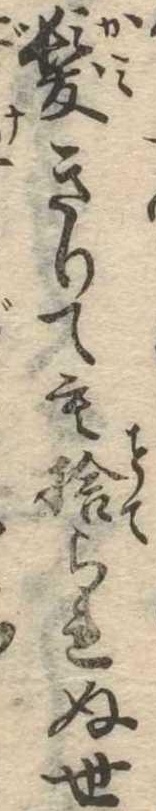
髪きりても捨られぬ世